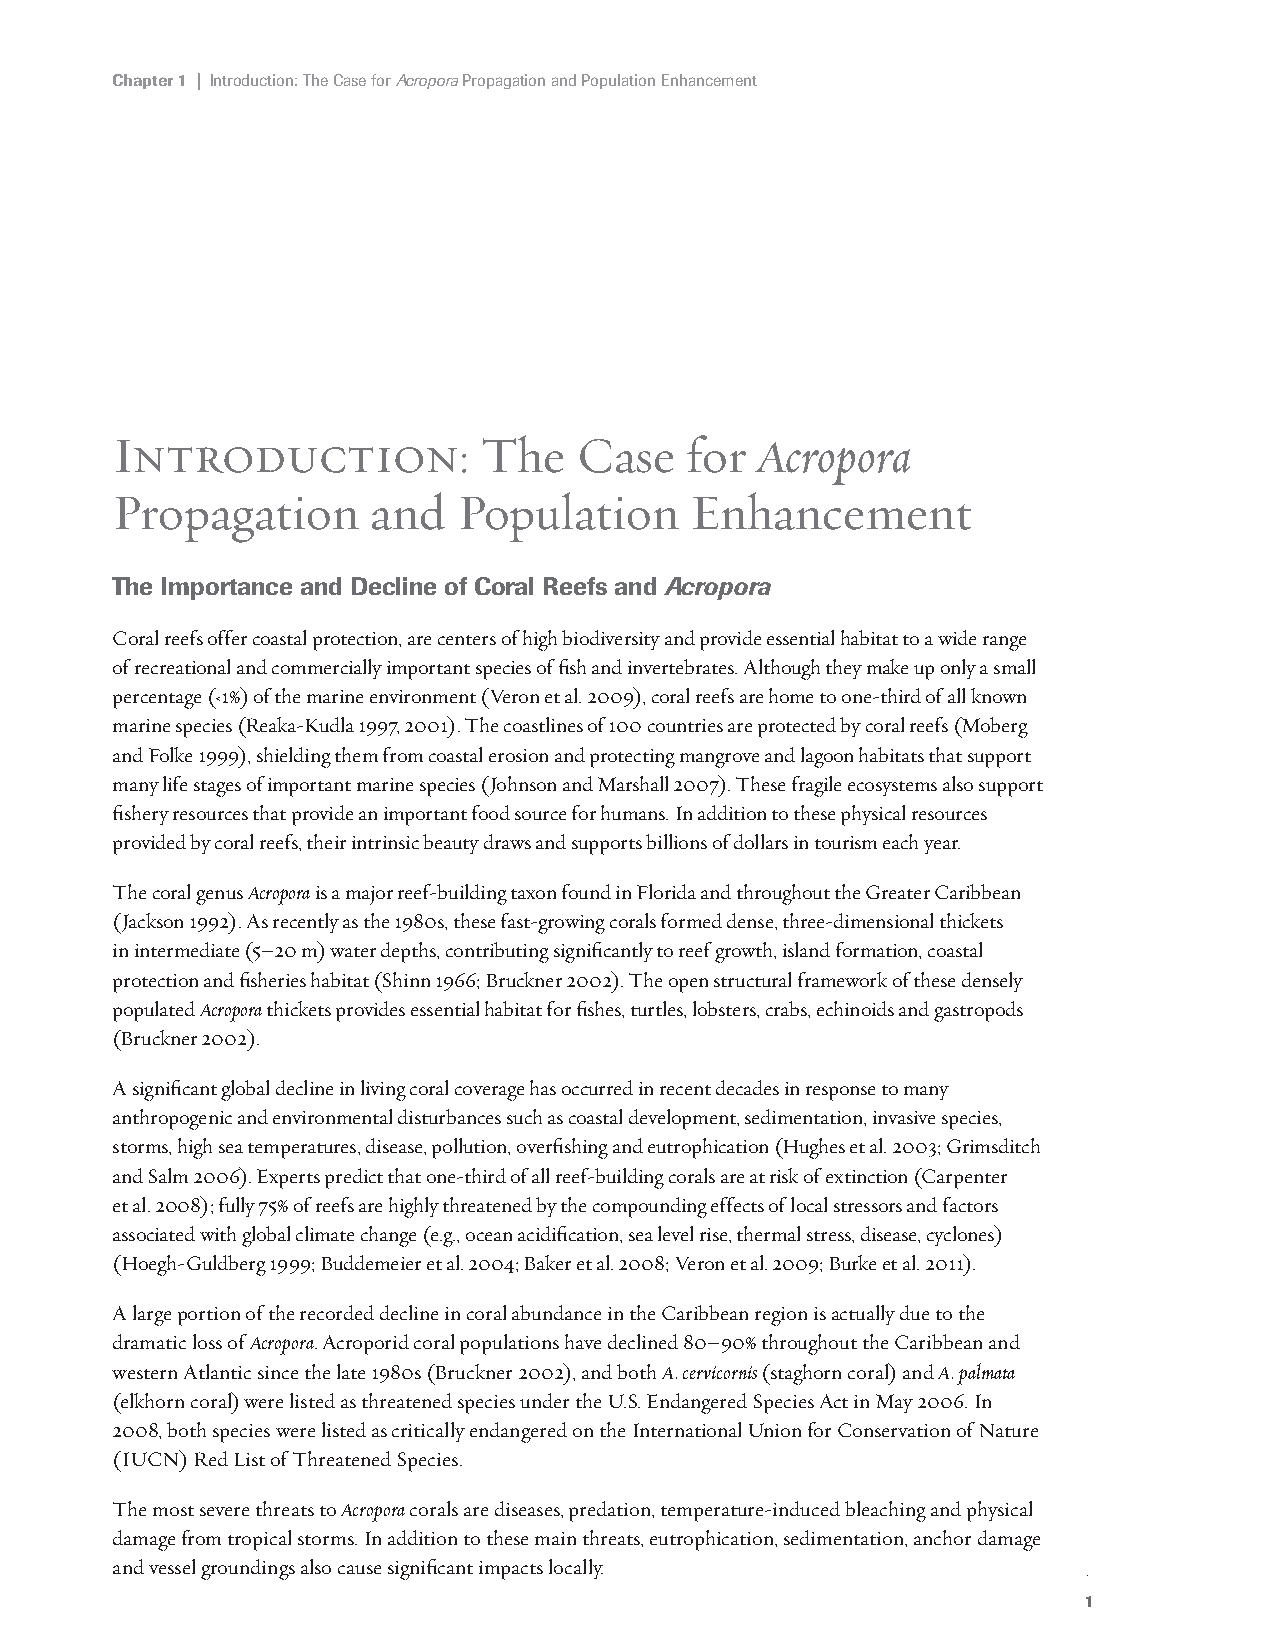
Chapter 1 | Introduction: The Case for Acropora Propagation and Population Enhancement
 Introduction:            The   Case   for  Acropora
 Propagation       and  Population      Enhancement
 The Importance and Decline of Coral Reefs and Acropora
 Coral reefs offer coastal protection, are centers of high biodiversity and provide essential habitat to a wide range
 of recreational and commercially important species of fish and invertebrates. Although they make up only a small
 percentage (‹1%) of the marine environment (Veron et al. 2009), coral reefs are home to one-third of all known
 marine species (Reaka-Kudla 1997, 2001). The coastlines of 100 countries are protected by coral reefs (Moberg
 and Folke 1999), shielding them from coastal erosion and protecting mangrove and lagoon habitats that support
 many life stages of important marine species (Johnson and Marshall 2007). These fragile ecosystems also support
 fishery resources that provide an important food source for humans. In addition to these physical resources
 provided by coral reefs, their intrinsic beauty draws and supports billions of dollars in tourism each year.
 The coral genus Acropora is a major reef-building taxon found in Florida and throughout the Greater Caribbean
 (Jackson 1992). As recently as the 1980s, these fast-growing corals formed dense, three-dimensional thickets
 in intermediate (5–20 m) water depths, contributing significantly to reef growth, island formation, coastal
 protection and fisheries habitat (Shinn 1966; Bruckner 2002). The open structural framework of these densely
 populated Acropora thickets provides essential habitat for fishes, turtles, lobsters, crabs, echinoids and gastropods
 (Bruckner 2002).
 A significant global decline in living coral coverage has occurred in recent decades in response to many
 anthropogenic and environmental disturbances such as coastal development, sedimentation, invasive species,
 storms, high sea temperatures, disease, pollution, overfishing and eutrophication (Hughes et al. 2003; Grimsditch
 and Salm 2006). Experts predict that one-third of all reef-building corals are at risk of extinction (Carpenter
 et al. 2008); fully 75% of reefs are highly threatened by the compounding effects of local stressors and factors
 associated with global climate change (e.g., ocean acidification, sea level rise, thermal stress, disease, cyclones)
 (Hoegh-Guldberg 1999; Buddemeier et al. 2004; Baker et al. 2008; Veron et al. 2009; Burke et al. 2011).
 A large portion of the recorded decline in coral abundance in the Caribbean region is actually due to the
 dramatic loss of Acropora. Acroporid coral populations have declined 80–90% throughout the Caribbean and
 western Atlantic since the late 1980s (Bruckner 2002), and both A. cervicornis (staghorn coral) and A. palmata
 (elkhorn coral) were listed as threatened species under the U.S. Endangered Species Act in May 2006. In
 2008, both species were listed as critically endangered on the International Union for Conservation of Nature
 (IUCN) Red List of Threatened Species.
 The most severe threats to Acropora corals are diseases, predation, temperature-induced bleaching and physical
 damage from tropical storms. In addition to these main threats, eutrophication, sedimentation, anchor damage
 and vessel groundings also cause significant impacts locally.
 1